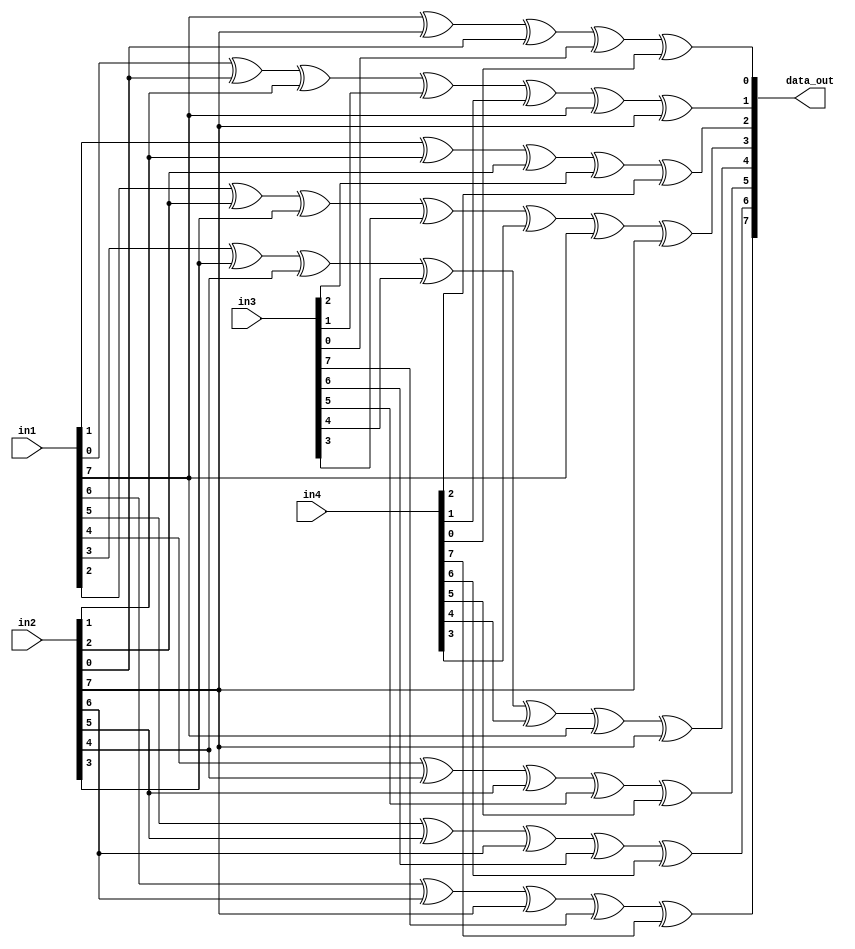
module mul_32bit(in1,in2,in3,in4,data_out);
    input[7:0] in1,in2,in3,in4;
    output[7:0] data_out;

    assign data_out[7]=in1[6]^in2[6]^in2[7]^in3[7]^in4[7];
    assign data_out[6]=in1[5]^in2[5]^in2[6]^in3[6]^in4[6];
    assign data_out[5]=in1[4]^in2[4]^in2[5]^in3[5]^in4[5];
    assign data_out[4]=in1[3]^in2[3]^in2[4]^in3[4]^in4[4]^in1[7]^in2[7];
    assign data_out[3]=in1[2]^in2[2]^in2[3]^in3[3]^in4[3]^in1[7]^in2[7];
    assign data_out[2]=in1[1]^in2[1]^in2[2]^in3[2]^in4[2];
    assign data_out[1]=in1[0]^in2[0]^in2[1]^in3[1]^in4[1]^in1[7]^in2[7];
    assign data_out[0]=in1[7]^in2[7]^in2[0]^in3[0]^in4[0];
    
endmodule